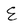
Character: E